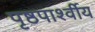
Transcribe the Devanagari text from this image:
पृष्ठपार्श्वीय